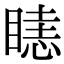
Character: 𥉖